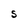
Character: S